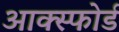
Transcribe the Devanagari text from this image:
आक्स्फोर्ड